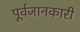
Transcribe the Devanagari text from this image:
पूर्वजानकारी